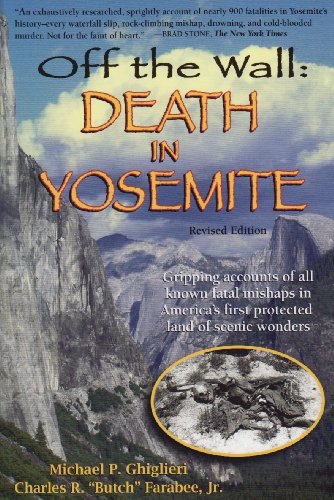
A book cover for Off the Wall: Death in Yosemite; Michael P. Ghiglieri; Health, Fitness & Dieting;